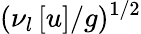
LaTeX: (\nu_{l}\, [u]/g)^{1/2}